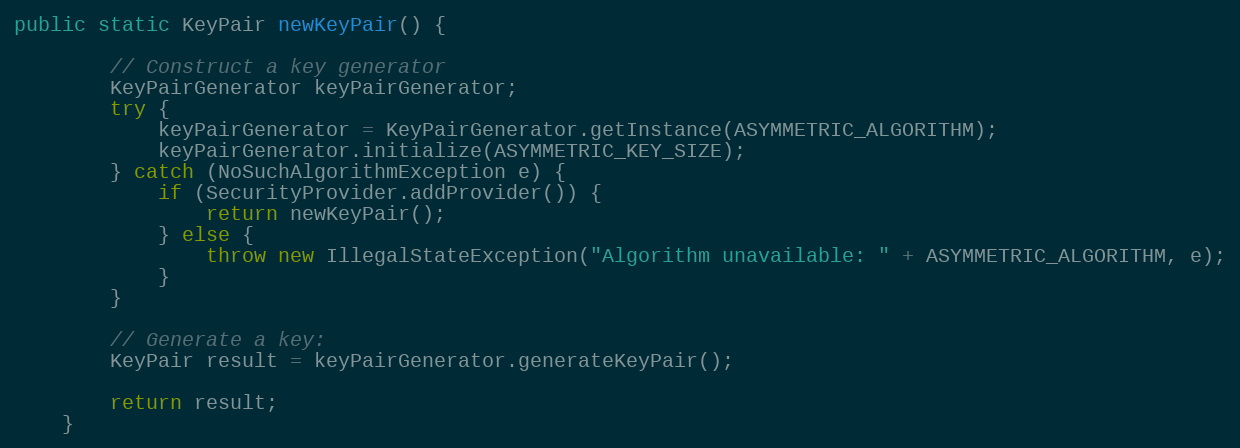
Language: Java
public static KeyPair newKeyPair() {

        // Construct a key generator
        KeyPairGenerator keyPairGenerator;
        try {
            keyPairGenerator = KeyPairGenerator.getInstance(ASYMMETRIC_ALGORITHM);
            keyPairGenerator.initialize(ASYMMETRIC_KEY_SIZE);
        } catch (NoSuchAlgorithmException e) {
            if (SecurityProvider.addProvider()) {
                return newKeyPair();
            } else {
                throw new IllegalStateException("Algorithm unavailable: " + ASYMMETRIC_ALGORITHM, e);
            }
        }

        // Generate a key:
        KeyPair result = keyPairGenerator.generateKeyPair();

        return result;
    }